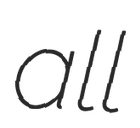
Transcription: all